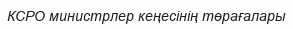
КСРО министрлер кеңесінің төрағалары